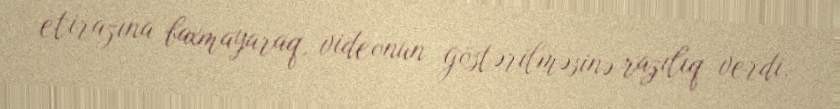
etirazına baxmayaraq, videonun göstərilməsinə razılıq verdi.